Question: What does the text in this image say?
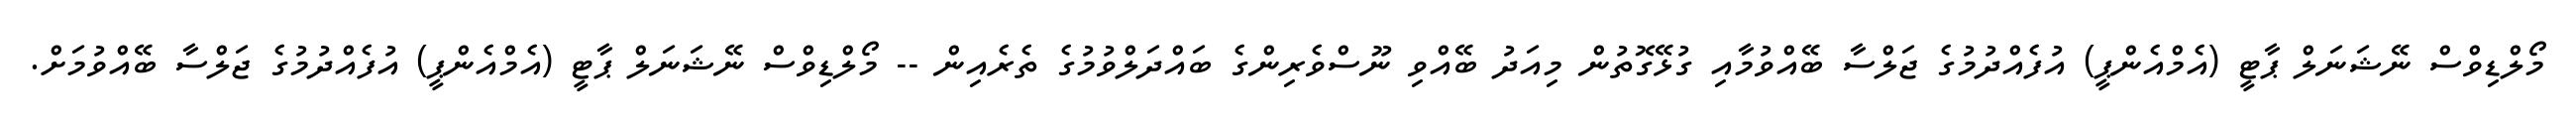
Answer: މޯލްޑިވްސް ނޭޝަނަލް ޕާޓީ (އެމްއެންޕީ) އުފެއްދުމުގެ ޖަލްސާ ބޭއްވުމާއި ގުޅޭގޮތުން މިއަދު ބޭއްވި ނޫސްވެރިންގެ ބައްދަލްވުމުގެ ތެރެއިން -- މޯލްޑިވްސް ނޭޝަނަލް ޕާޓީ (އެމްއެންޕީ) އުފެއްދުމުގެ ޖަލްސާ ބޭއްވުމަށް.